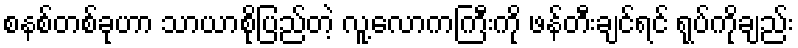
စနစ်တစ်ခုဟာ သာယာစိုပြည်တဲ့ လူ့လောကကြီးကို ဖန်တီးချင်ရင် ရုပ်ကိုချည်း